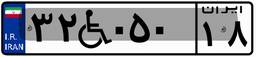
۳۲W۰۵۰۱۸